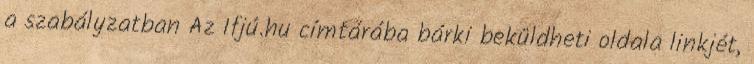
a szabályzatban Az Ifjú.hu címtárába bárki beküldheti oldala linkjét,